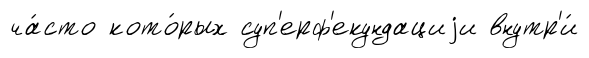
ча́сто кото́рых суп'ерф'екундациjи внутр'и́